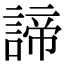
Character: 諦